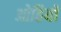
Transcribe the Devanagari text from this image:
ओहियों